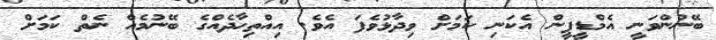
ބޭނުންވަނީ އެމްޑީޕީން އެކަނި ކަަމަށް ވިދާޅުވެފަ އެވެ. އިއްތިހާދެއްގެ ބޭނުމެއް ނެތް ކަމަށް